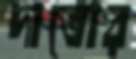
দাতোর